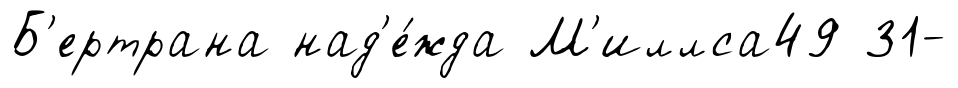
Б'ертрана над'е́жда М'иллса49 31-